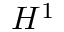
H ^ { 1 }